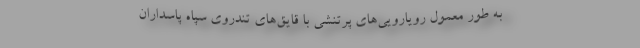
به طور معمول رویارویی‌های پرتنشی با قایق‌های تندروی سپاه پاسداران